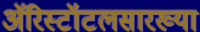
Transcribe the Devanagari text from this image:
ॲरिस्टॉटलसारख्या